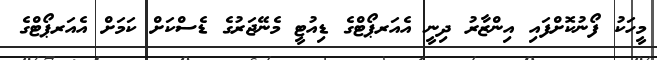
މީހަކު ފޯނުކޮށްފައި އިންޒާރު ދިނީ އެއަރޕޯޓްގެ ޑިއުޓީ މެނޭޖަރުގެ ޑެސްކަށް ކަމަށް އެއަރޕޯޓްގެ